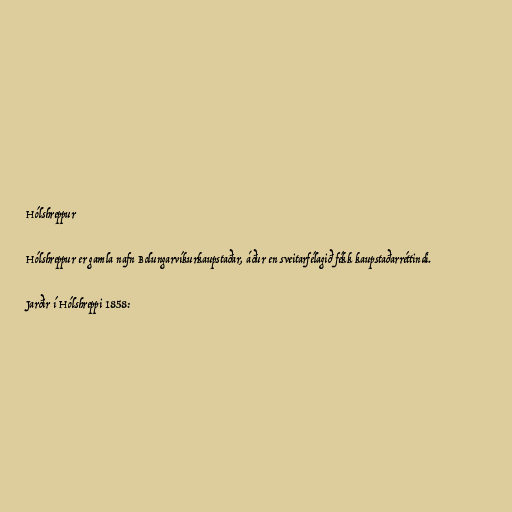
Hólshreppur

Hólshreppur er gamla nafn Bolungarvíkurkaupstaðar, áður en sveitarfélagið fékk kaupstaðarréttindi.

Jarðir í Hólshreppi 1858: